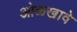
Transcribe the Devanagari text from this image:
ओळखावे